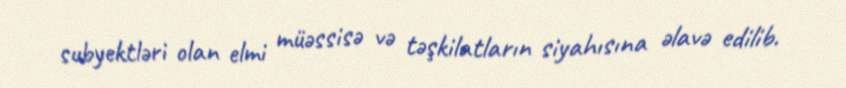
subyektləri olan elmi müəssisə və təşkilatların siyahısına əlavə edilib.